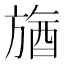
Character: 𣄉